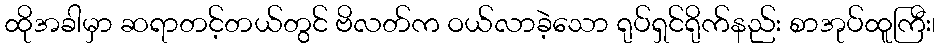
ထိုအခါမှာ ဆရာတင့်တယ်တွင် ဗိလတ်က ဝယ်လာခဲ့သော ရုပ်ရှင်ရိုက်နည်း စာအုပ်ထူကြီး၊